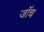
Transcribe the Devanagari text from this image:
जाॅच